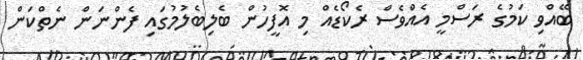
ބޭއްވި ކަމުގެ ރަސްމީ އެއްވެސް ރެކޯޑެއް މި އޮފީހުން ބެލިބެލުމުގައި ފެންނަން ނެތްކަން